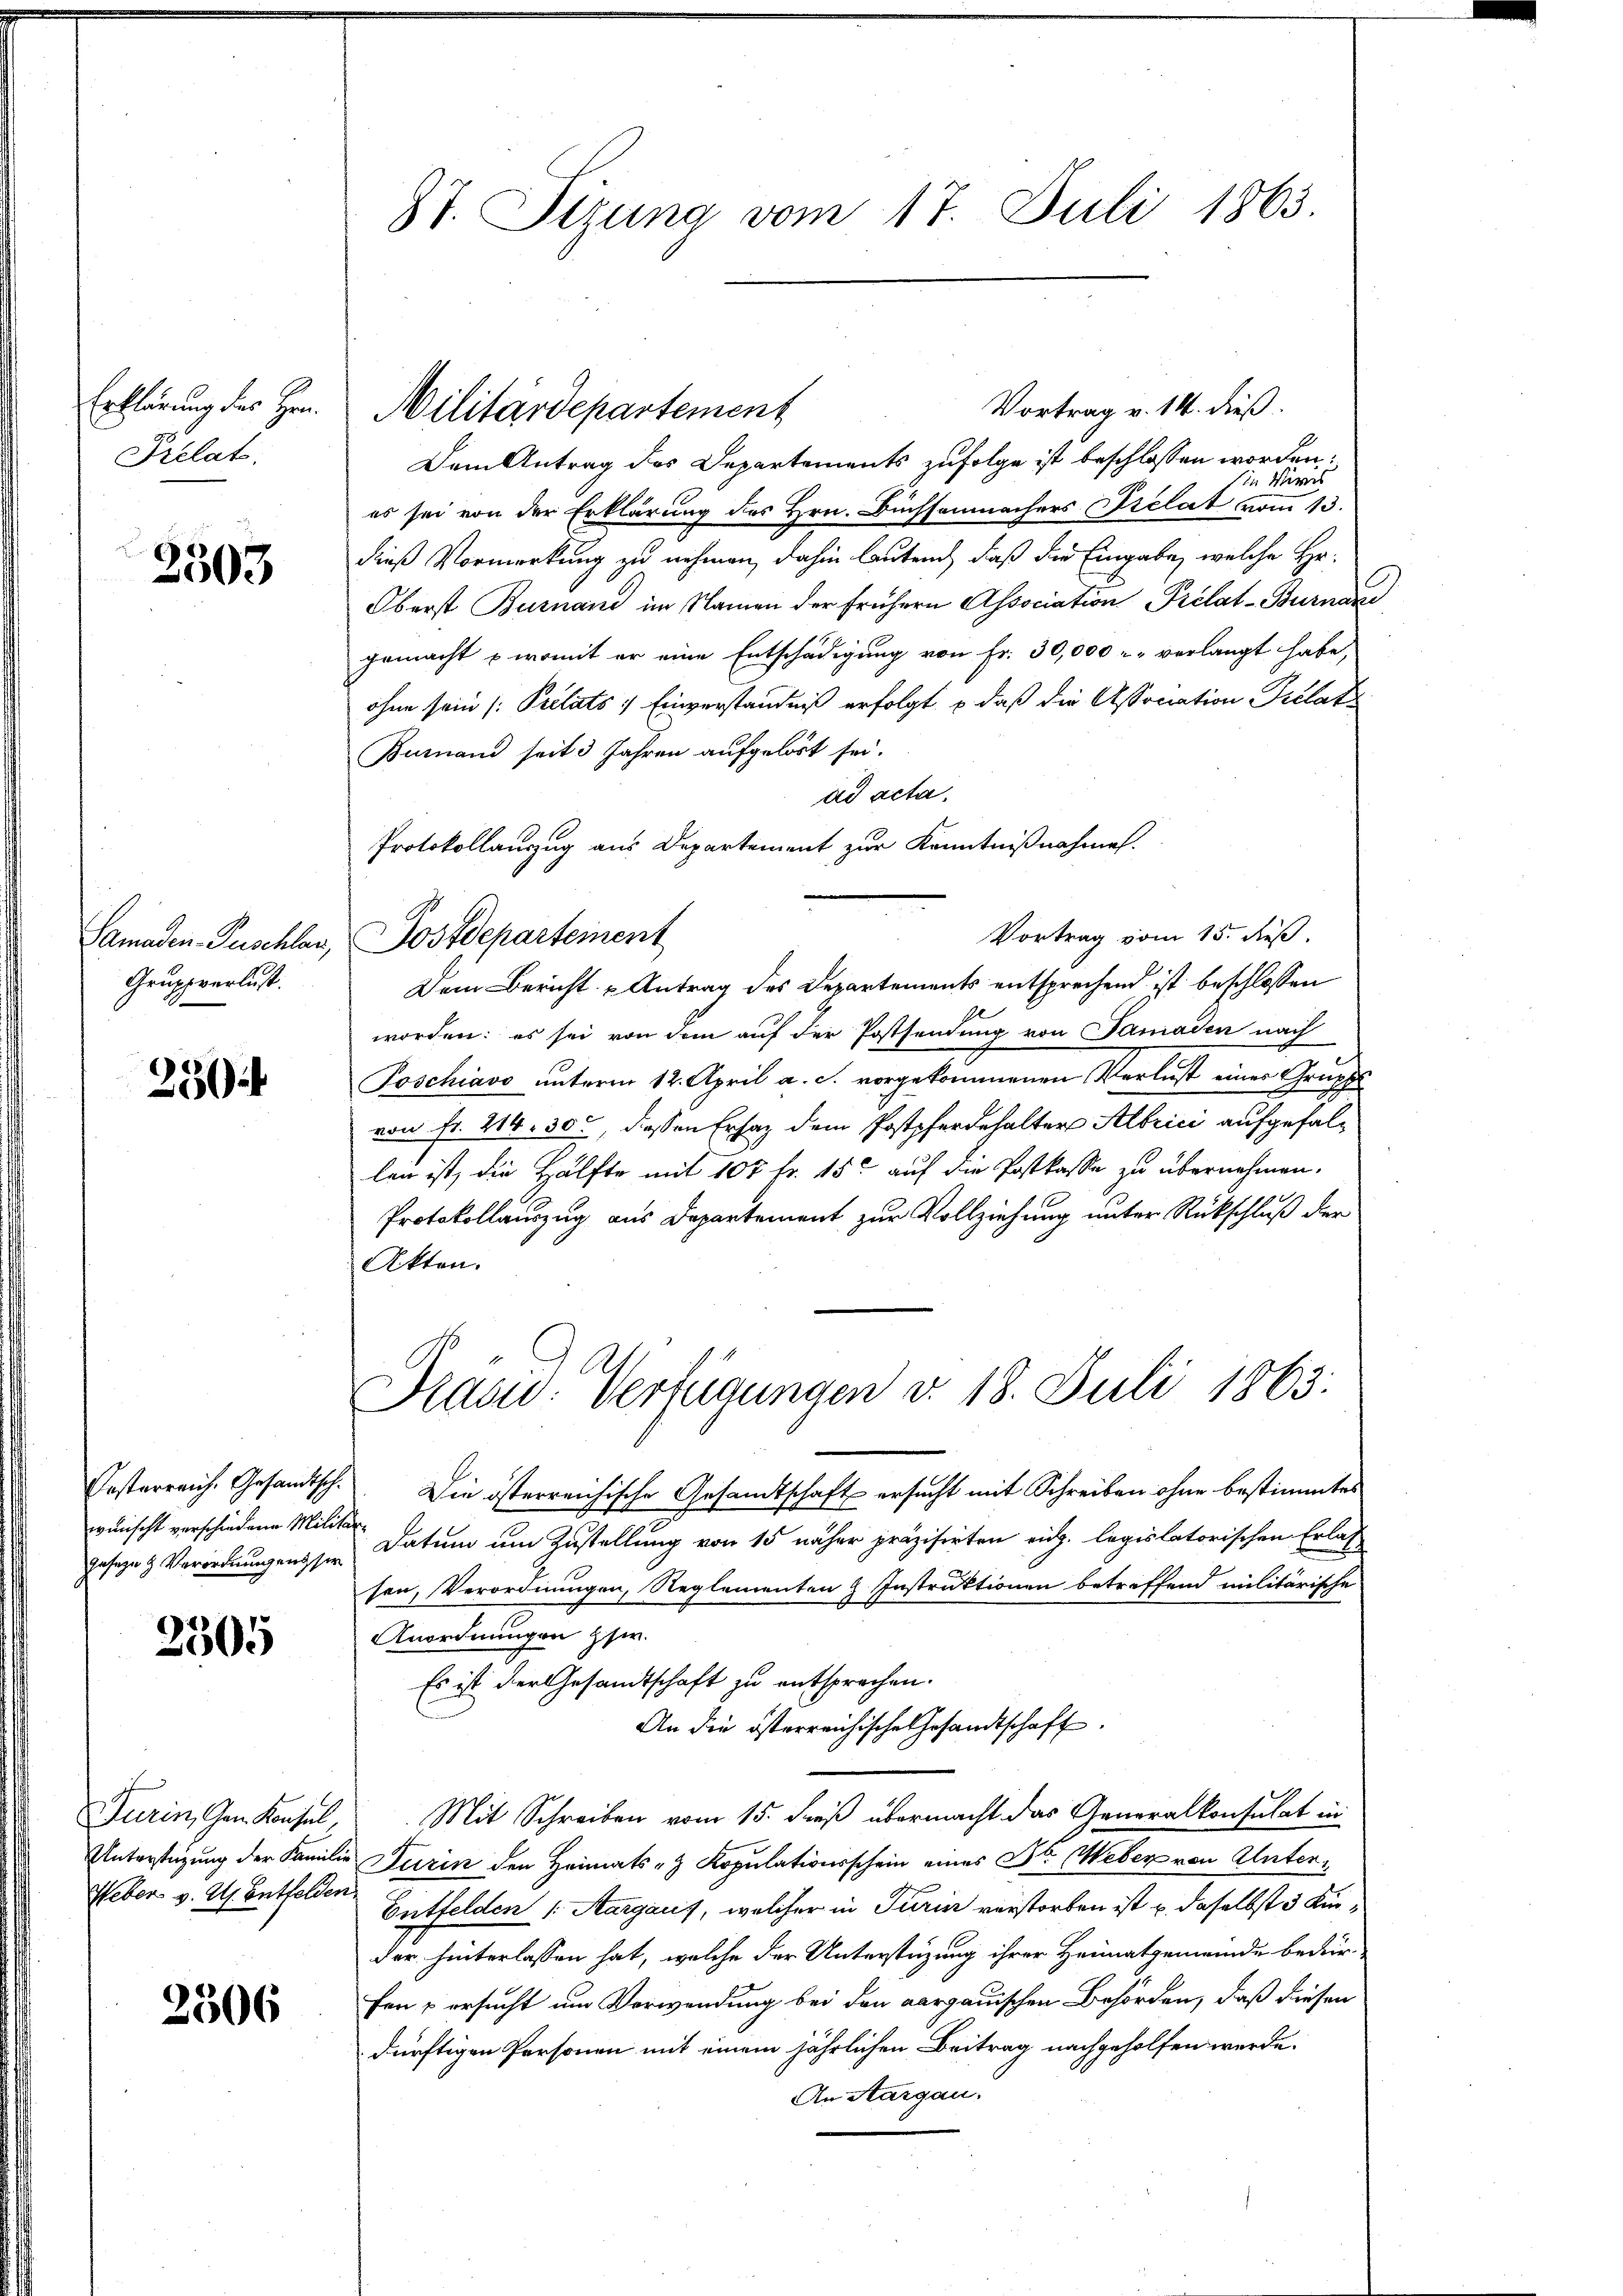
Erklärung des Hrn.
Prelat

2303

Samaden Zuschler,
Gruppverlust.

230

wünscht verschiedene Militärgeseze & Verordnungensser

2505

Neben v. U. Entfelden

2506

87. Sizung vom 17. Juli 1863.

Vortrag v. 14. dieß.
Dem Antrag des Departements zufolge ist beschlossen worden.
in Miris
es sei von der Erklärung des Hrn. Büchsenmachers Prelat vom 13.
dieß Vormerkung zu nehmen, dahin lautend, daß die Eingabe, welche Hr.
Oberst Burnand im Namen der frühern Association Prélat-Burmane
gemacht  womit er eine Entschädigung von Fr. 30,000 r. verlangt habe,
ohne sein /: Prélats 1 Einverständniß erfolgt, daß die Assonation Pilat
Burnau seit 3 Jahren aufgelöst sei.
ad acta.
Protokollauszug aus Departement zur Kenntnißnahmen.
Vortrag vom 15. dieß.
Postdepartement
Dem Bericht u Antrag des Departements entsprechend ist beschlossen
worden: es sei von dem auf der Postsendung von Samaden nach
Poschiavo unterm 12. April a. c. vorgekommenen Verlust eines Grupp
von Fr. 214. 300, dessen Erhaz dem Postpferdehalter Albrici aufgefallen ist, die Hälfte mit 107 fr. 150 auf die Postkasse zu übernehmen.
Protokollauszug aus Departement zur Vollziehung unter Rückschluß der
Akten.
Präsid. Verfügungen v. 18. Juli 1863.
Postarreich. Gesandtsch. Die österreichische Gesamtschaft ersucht mit Schreiben ohne bestimmtes
Datum um Zustellung von 15 näher präzisirten eiz. legislatorischen Erlas
sen, Verordnungen, Reglementen & Instruktionen betreffend militärische
Anordnungen zsw.
Es ist der Gesandtschaft zu entsprechen.
An die österreichische Gesandtschaft.
Turin, Gen. Konsel, Mit Schreiben vom 15. dieß übermacht das Generalkonsulat in
Unterstüzung der Familie Turin den Heimats- & Kopulationsschein eines Dr. Weber von Unter¬
Entfelden (Aargaus, welcher in Turin verstorben ist u. daselbst 3 Kinder hinterlassen hat, welche der Unterstüzung ihrer Heimatgemeinde bedur-
fen & ersucht um Verwendung bei den aargauischen Behörden, daß diesen
dürftigen Personen mit einem jährlichen Beitrag nachgeholfen werde.
An Aargau.

Militärdepartement